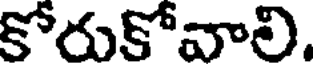
కోరుకోవాలి.